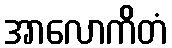
အာလောကိတံ